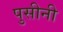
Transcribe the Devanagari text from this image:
पुसीनी